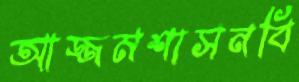
আজ্জমশাসনবি